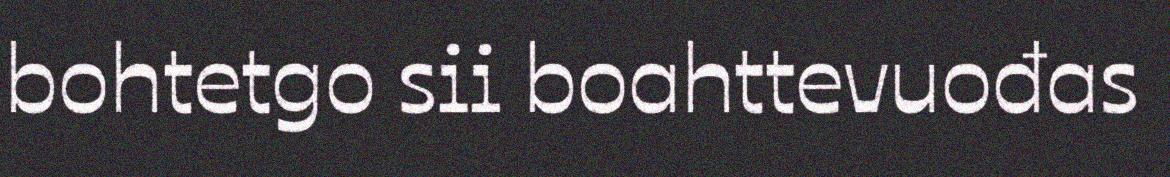
bohtetgo sii boahttevuođas